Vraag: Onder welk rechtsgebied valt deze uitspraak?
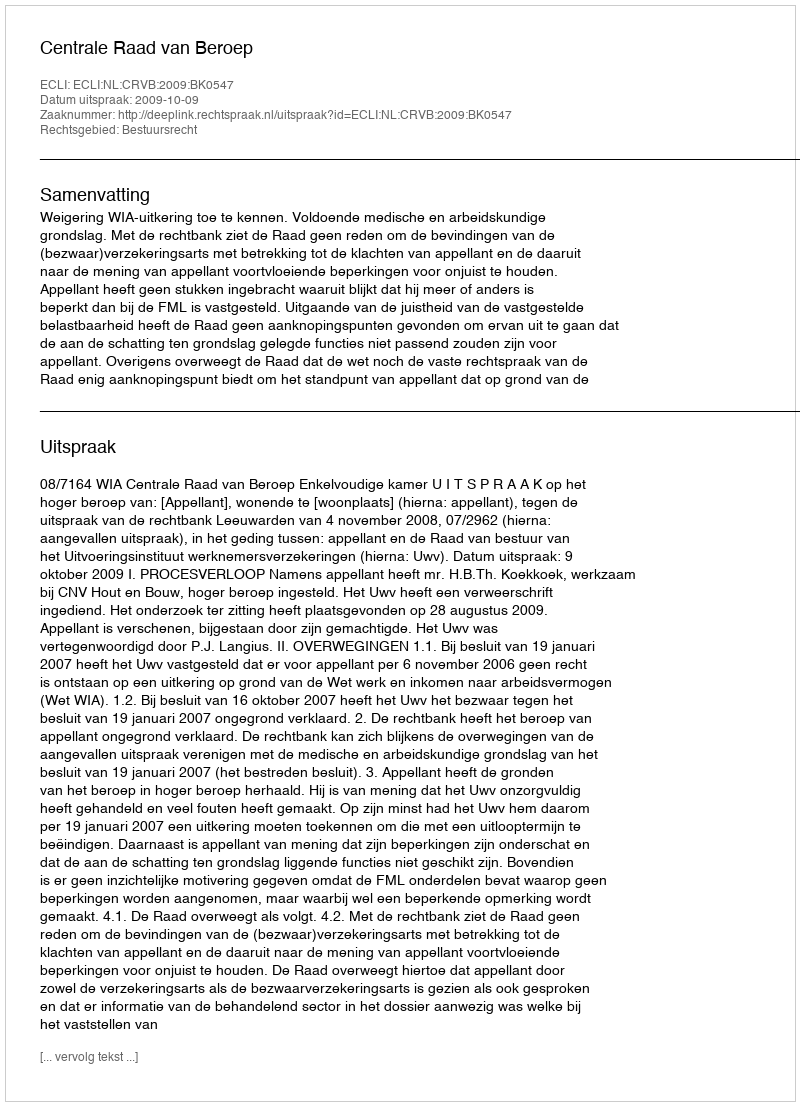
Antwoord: Bestuursrecht